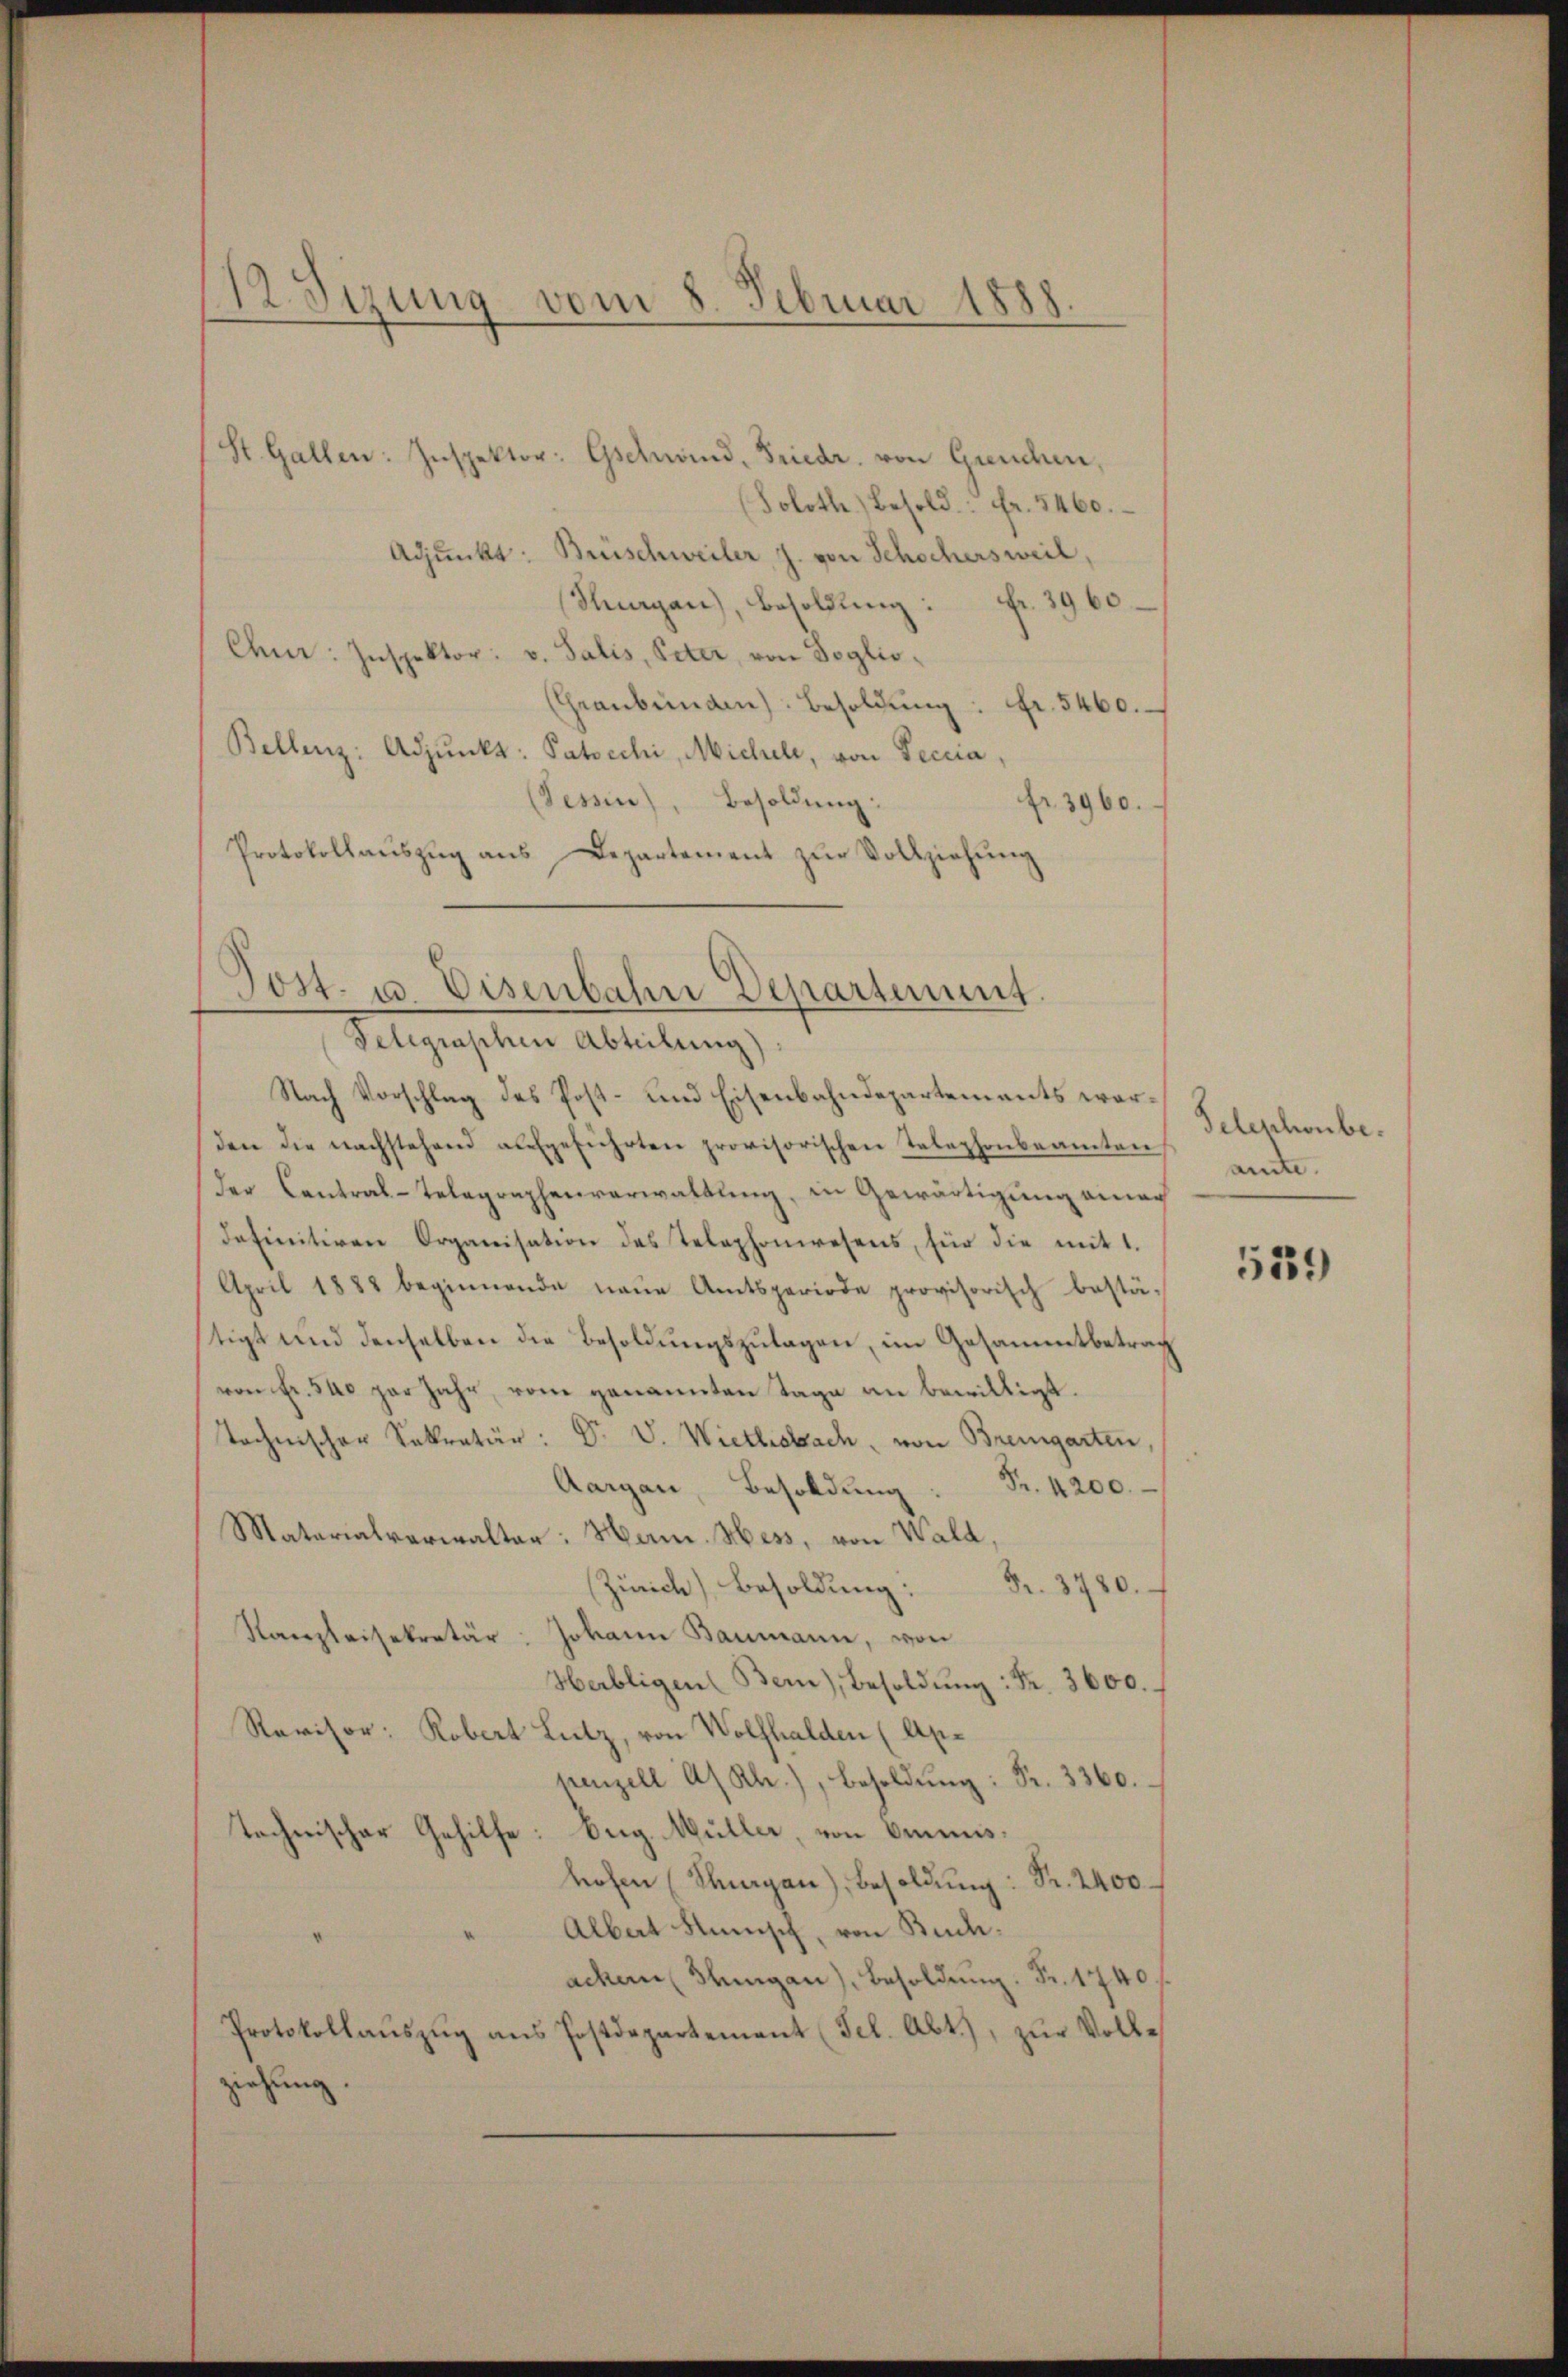
R Sizung vom 8. Februar 1888.

Soloth.) Besold: Fr. 5460.
Adjunkt: Brüschweiler, J. von Schochersweil,
Stuargau), besoldŭng: Fr. 3960.
Chu: Inspektor: v. Salis, Peter, von Soglio¬
(Graubünden). Besoldŭng: Fr. 5460.
Bellenz: Adjunkt: Patocchi, Michel, von Secria,
(Sessen), Besoldung:
fr. 3960.
Protokollaŭszŭg ans Departement zŭr Vollziehung

den die nachstehend aufgeführten provisorischen Telephonbeamten entder Cantral-Telegraphenverwaltung, in Gewärtigung einer
definitiven Organisation des Telephonwesens, für die mit 1.
April 1888 beginnende neŭe Amtsperiode provisorisch bestä-
tigt und denselben die Besoldungszulagen, im Gesammtbetrag
von Fr. 540 par Jahr, vom genannten Tage an bewilligt.
Technischer Sekretär: Dr. V. Wietlisbach, von Bremgarten,
Aargau, Besoldung: Fr. 4200.
Matarialverwalter: Mann. Mess, von Wald,
(Zürich Besoldung: Fr. 3780.
Kanzleisekretär: Johann Baumann, von
Herbligen Bern), Besoldŭng: Fr. 3600.
Ravisor: Robert Lutz, von Wolfhalden (Apnenzell A/ Kl.), Besoldŭng: Fr. 3360.
tochnischer Gehilfe: Org. Müller, von Omnis,
hohen (Sagan), Besoldŭng: Fr. 2400
Albat Munisch, von Buchachen Stungen), Besoldung. Fr. 1740 f
Protokollaŭszŭg ans Postdepartement (Fel. Abt.), zŭr Volle
ziehung.

St. Gallen: Inspektor: Gschwand, Friedr. von Greuchen,

Post. u. Eisenbahn Departement.
Telegraphen Abteilung):
Nach Vorschlag des Post- und Eisenbahndepartements war¬

Telephonbe¬

539